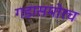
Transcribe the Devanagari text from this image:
गडासमोरच